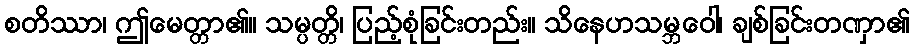
စတိဿာ၊ ဤမေတ္တာ၏။ သမ္ပတ္တိ၊ ပြည့်စုံခြင်းတည်း။ သိနေဟသမ္ဘဝေါ၊ ချစ်ခြင်းတဏှာ၏